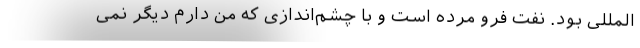
‌المللی بود. نفت فرو مرده است و با چشم‌اندازی که من دارم دیگر نمی